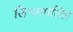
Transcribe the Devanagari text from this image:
लिंगमपल्लि